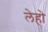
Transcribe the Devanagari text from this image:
लेहो